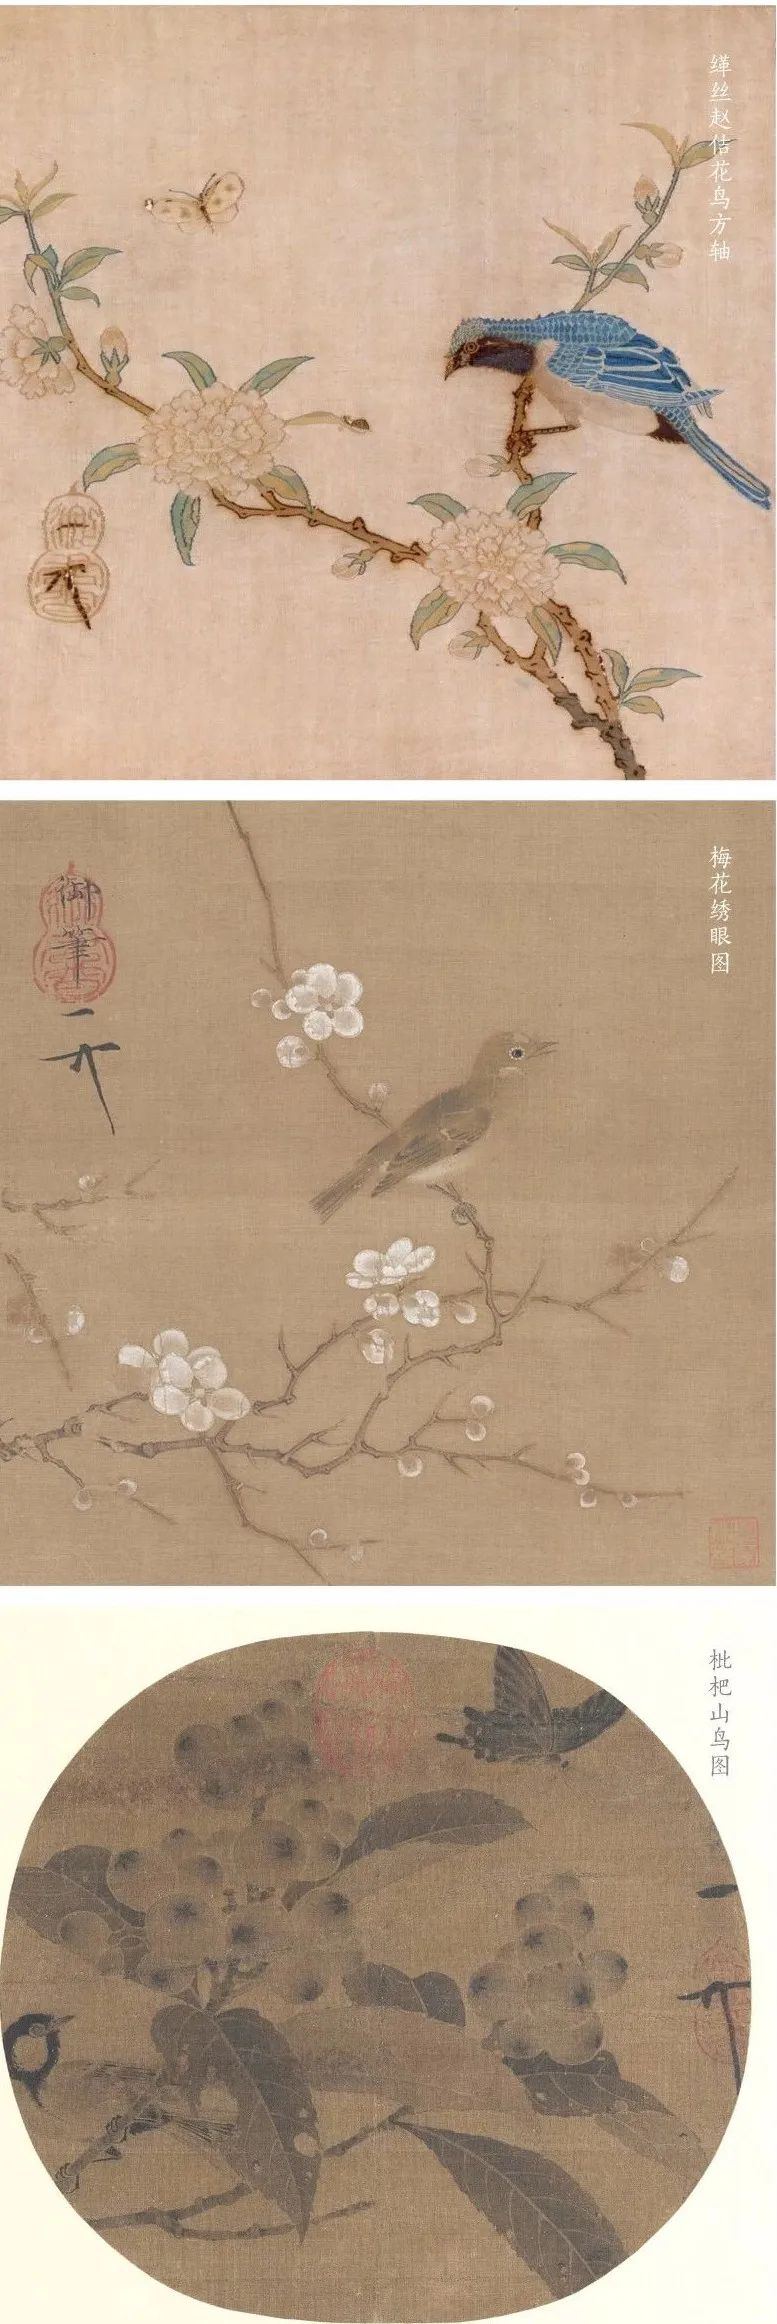
愿月常圆，休要暂时缺。